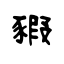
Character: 豭